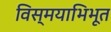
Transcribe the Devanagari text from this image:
विस्मयाभिभूत